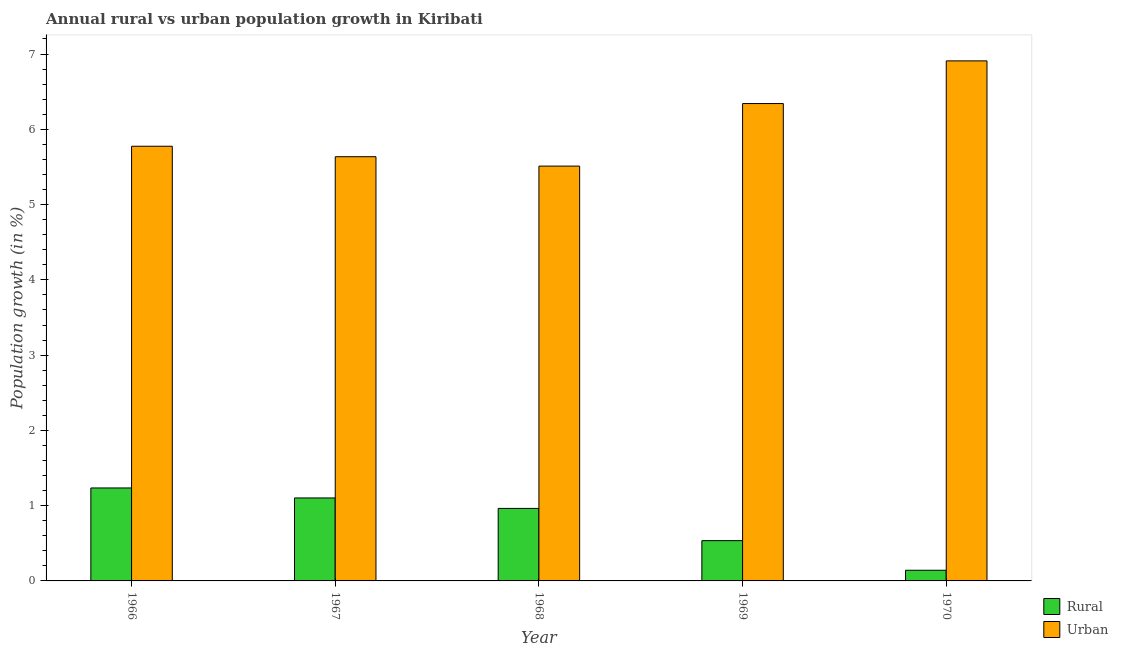
| Year | Rural | Urban  |
 | --- | --- | --- |
 | 1966 | 1.24 | 5.77 |
 | 1967 | 1.1 | 5.64 |
 | 1968 | 0.963 | 5.51 |
 | 1969 | 0.535 | 6.34 |
 | 1970 | 0.142 | 6.91 |